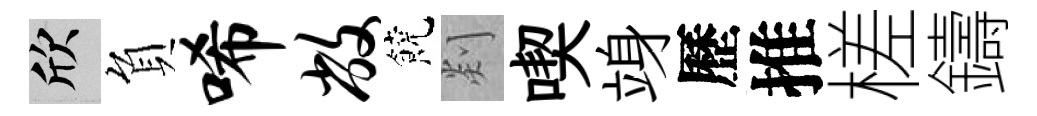
欣負唏敝饒剡喫竧歷推槎鑄